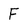
Character: F